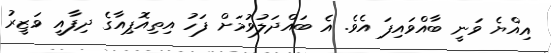
އިއްޔެ ވަނީ ބާއްވައިފަ އެވެ. އެ ބައްދަލުވުމަށް ފަހު އިތިއޮޕިއާގެ ދިފާއީ ވަޒީރު